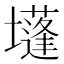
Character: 𡓄